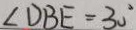
\angle D B E = 3 0 ^ { \circ }